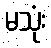
မသုံး